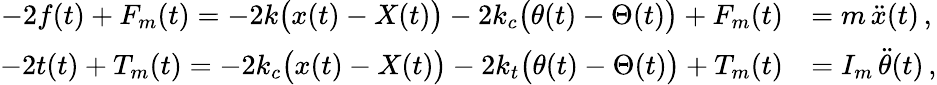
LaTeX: \begin{array}{rl}{-2f(t)+F_{m}(t)=-2k\big(x(t)-X(t)\big)-2k_{c}\big(\theta(t)-\Theta(t)\big)+F_{m}(t)}&{=m\, \ddot{x}(t)\, ,}\\ {-2t(t)+T_{m}(t)=-2k_{c}\big(x(t)-X(t)\big)-2k_{t}\big(\theta(t)-\Theta(t)\big)+T_{m}(t)}&{=I_{m}\, \ddot{\theta}(t)\, ,}\end{array}